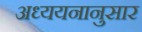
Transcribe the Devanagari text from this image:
अध्ययनानुसार